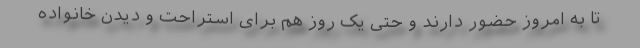
تا به امروز حضور دارند و حتی یک روز هم برای استراحت و دیدن خانواده